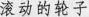
滚动的轮子